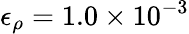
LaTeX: \epsilon_{\rho}=1.0\times 10^{-3}